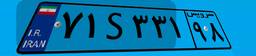
۷۱S۳۳۱۹۸